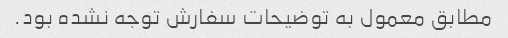
مطابق معمول به توضیحات سفارش توجه نشده بود.